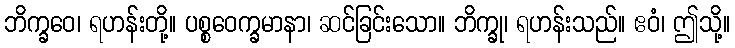
ဘိက္ခဝေ၊ ရဟန်းတို့။ ပစ္စဝေက္ခမာနာ၊ ဆင်ခြင်းသော။ ဘိက္ခု၊ ရဟန်းသည်။ ဧဝံ၊ ဤသို့။